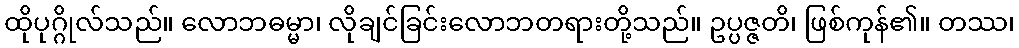
ထိုပုဂ္ဂိုလ်သည်။ လောဘဓမ္မာ၊ လိုချင်ခြင်းလောဘတရားတို့သည်။ ဥပ္ပဇ္ဇတိ၊ ဖြစ်ကုန်၏။ တဿ၊